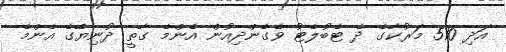
އަދި 510 މަރުކާގެ ދެ ޓެބުލެޓު ވެގެންދިއުން އެންމެ ގާތީ ދުނިޔޭގެ އެންމެ